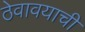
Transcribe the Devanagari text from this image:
ठेवावयाची